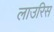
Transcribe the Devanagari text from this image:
लाउरिस